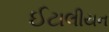
ઈટાલીયન